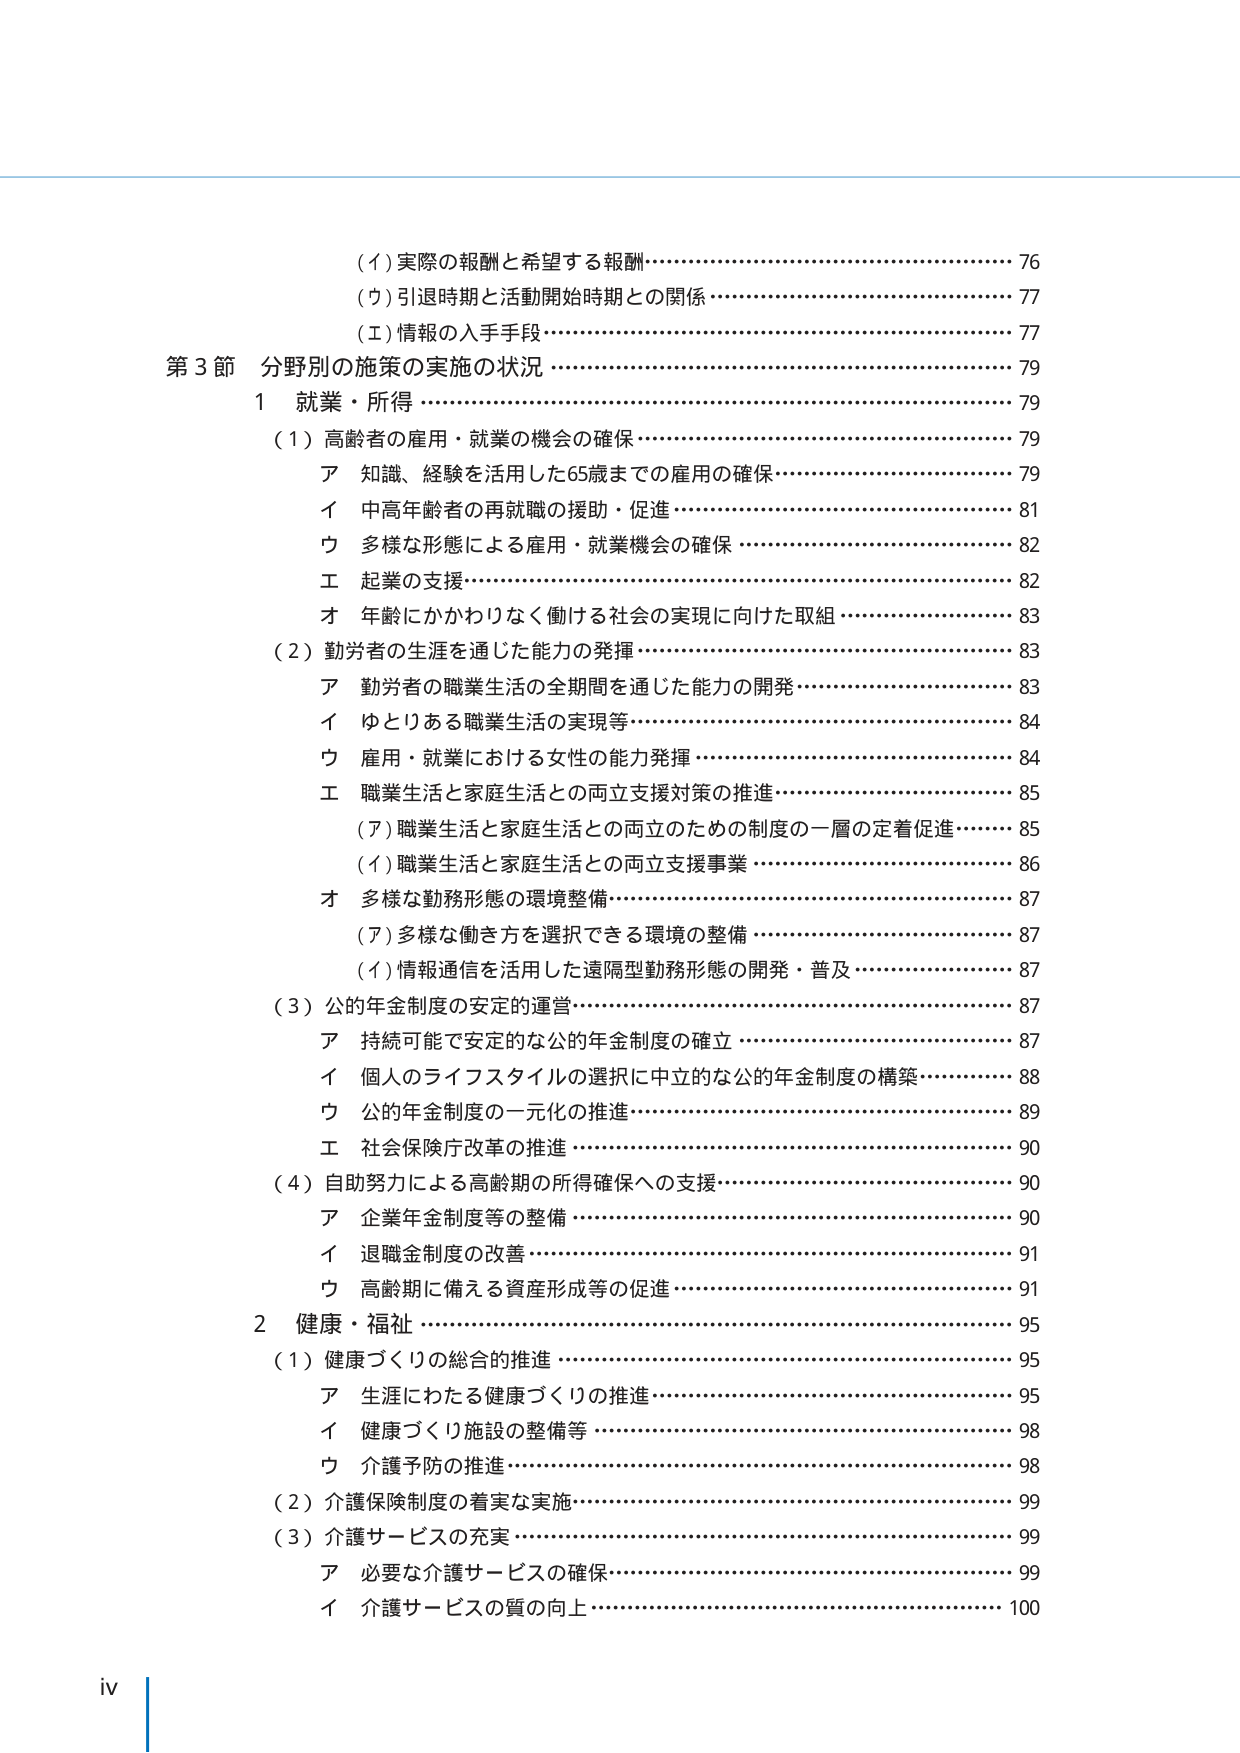
(イ) 実際の報酬と希望する報酬……………………………………… 76
(ウ) 引退時期と活動開始時期との関係……………………………… 77
(エ) 情報の入手手段…………………………………………………… 77
第3節 分野別の施策の実施の状況 …………………………………… 79
1 就業・所得 ………………………………………………………… 79
(1) 高齢者の雇用・就業の機会の確保……………………………… 79
　ア 知識、経験を活用した65歳までの雇用の確保………………… 79
　イ 中高年齢者の再就職の援助・促進……………………………… 81
　ウ 多様な形態による雇用・就業機会の確保……………………… 82
　エ 起業の支援……………………………………………………… 82
　オ 年齢にかかわりなく働ける社会の実現に向けた取組………… 83
(2) 勤労者の生涯を通じた能力の発揮……………………………… 83
　ア 勤労者の職業生活の全期間を通じた能力の開発……………… 83
　イ ゆとりある職業生活の実現等…………………………………… 84
　ウ 雇用・就業における女性の能力発揮…………………………… 84
　エ 職業生活と家庭生活との両立支援対策の推進………………… 85
　　(ア) 職業生活と家庭生活との両立のための制度の一層の定着促進… 85
　　(イ) 職業生活と家庭生活との両立支援事業……………………… 86
　オ 多様な勤務形態の環境整備……………………………………… 87
　　(ア) 多様な働き方を選択できる環境の整備……………………… 87
　　(イ) 情報通信を活用した遠隔型勤務形態の開発・普及………… 87
(3) 公的年金制度の安定的運営……………………………………… 87
　ア 持続可能で安定的な公的年金制度の確立……………………… 87
　イ 個人のライフスタイルの選択に中立的な公的年金制度の構築… 88
　ウ 公的年金制度の一元化の推進…………………………………… 89
　エ 社会保険庁改革の推進…………………………………………… 90
(4) 自助努力による高齢期の所得確保への支援…………………… 90
　ア 企業年金制度等の整備…………………………………………… 90
　イ 退職金制度の改善………………………………………………… 91
　ウ 高齢期に備える資産形成等の促進……………………………… 91
2 健康・福祉 ………………………………………………………… 95
(1) 健康づくりの総合的推進………………………………………… 95
　ア 生涯にわたる健康づくりの推進………………………………… 95
　イ 健康づくり施設の整備等………………………………………… 98
　ウ 介護予防の推進…………………………………………………… 98
(2) 介護保険制度の着実な実施……………………………………… 99
(3) 介護サービスの充実……………………………………………… 99
　ア 必要な介護サービスの確保……………………………………… 99
　イ 介護サービスの質の向上………………………………………… 100
iv